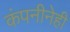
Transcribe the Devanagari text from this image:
कंपनीनेही